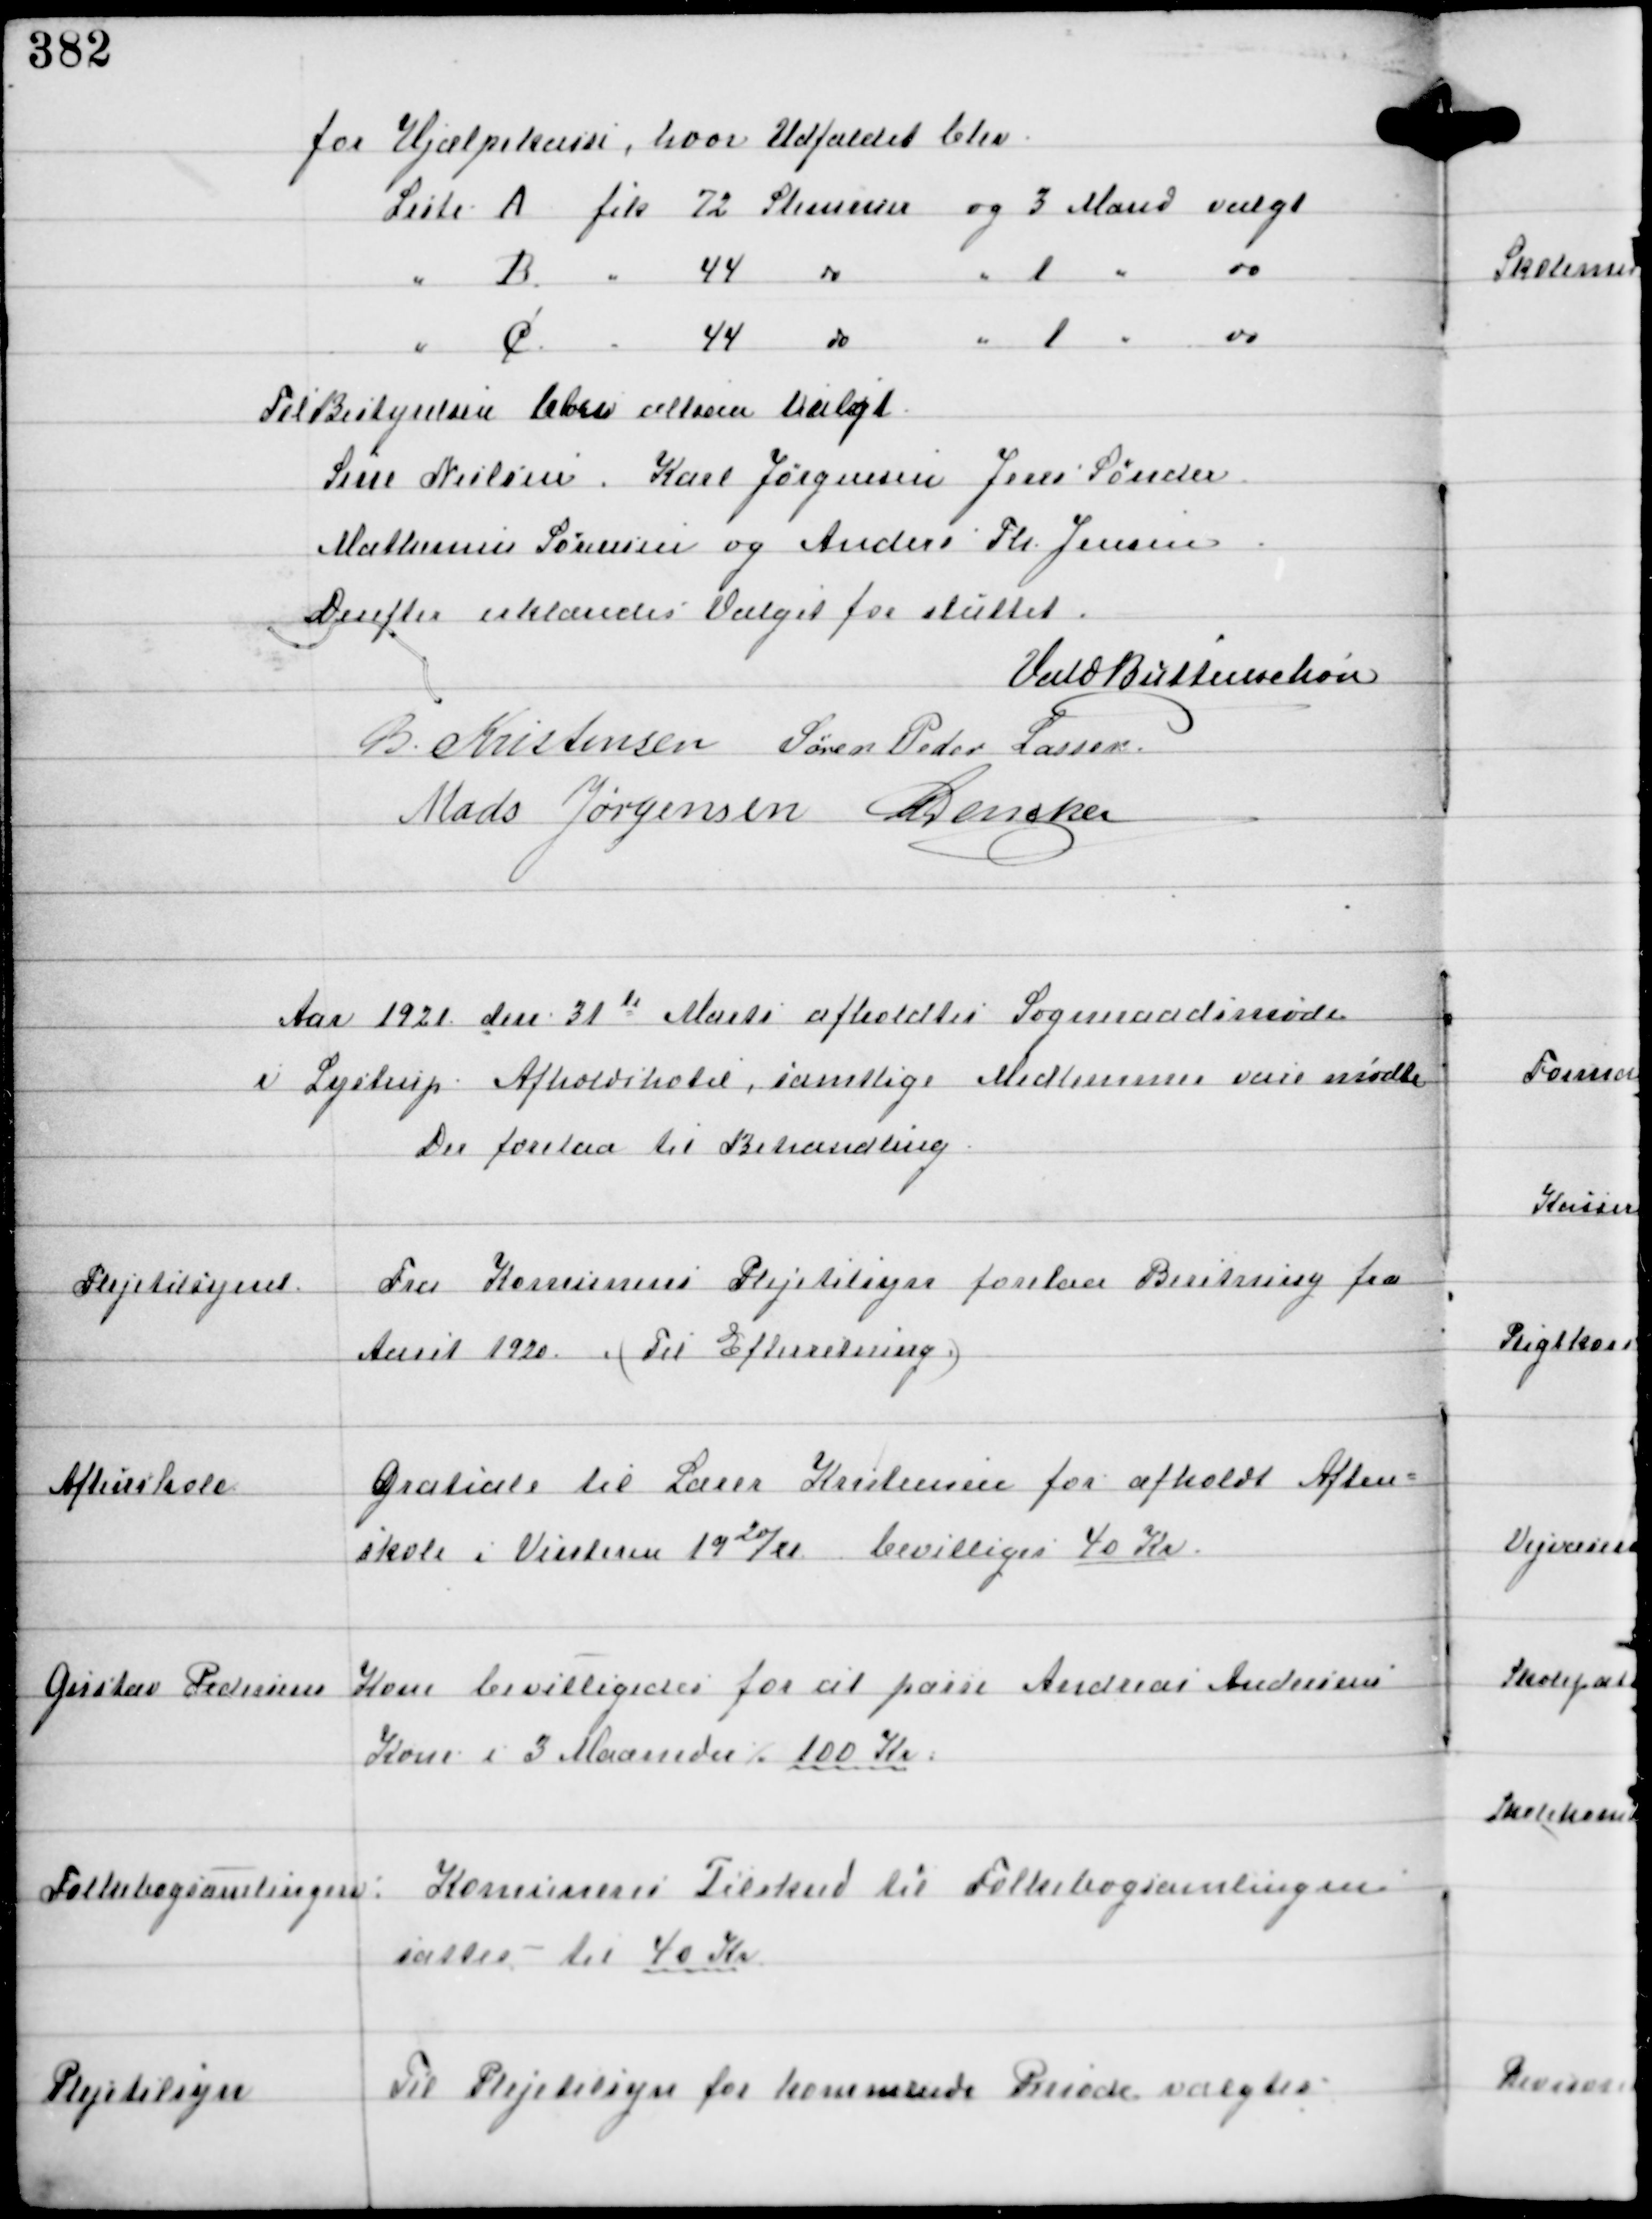
Transskription:
for Hjælpekassen, hvor Udfaldet blev

Til Bestyrelsen blev altsaa Valgt
Sisse Nielsen Karl Jørgensen Jens Sønder
Mathensen Sørensen og Anders Ph. Jensen
Derefter erklæredes Valget for sluttet.

Vald Buttenschøn
B. Kristensen Søren Peder Lassen
Mads Jørgensen C Dencker

Aar 1921 den 31te Marts afholdtes Sogneraadsmøde
i Lystrup Afholdshotel, samtlige Medlemmer vare mødte
Der forelaa til Behandling

Plejetilsynet.

Fra Komunens Plejetilsyn forelaa Beretning fra
Aaret 1920. (Til Efterretning.)

Aftenskole

Gratiale til Lærer Kristensen for afholdt Aften-
skole i Vinteren 1920/21 bevilligedes 40 Kr.

Gustav Pedersens Kone
bevilligedes for at passe Andreas Andersens
Kone i 3 Maaneder ⁒ 100 Kr.

Folkebogsamlingen:

Komunens Tilskud til Folkebogsamlingen
sattes til 40 Kr

Plejetilsyn

Til Plejetilsyn for kommende Periode valgtes: